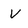
Character: v